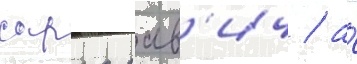
сарра рав'ич / а́